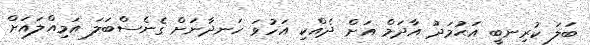
ބަލަ ކުރިނބީ އަޙުމަދު އާދަމް އަށް ދެއްކި އަހުވަ ހަނދާނަށް ގެނެސްބަލަ އަމިއްލައަށް